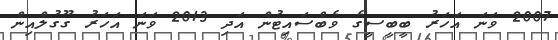
2007 ވަނަ އަހަރު ބީބީސީގެ ވެބްސައިޓުން އަދި 2013 ވަނަ އަހަރު ގޫގުލްއިން